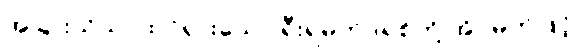
အခြားသိသာထင်ရှားသော ရီးရဲမက်ဒရစ်တို့ အိပ်မက်ဖြင့်